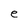
Character: e